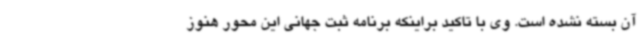
آن بسته نشده است. وی با تاکید براینکه برنامه ثبت جهانی این محور هنوز